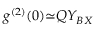
g ^ { ( 2 ) } ( 0 ) { \simeq } Q Y _ { B X }